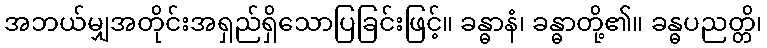
အဘယ်မျှအတိုင်းအရှည်ရှိသောပြခြင်းဖြင့်။ ခန္ဓာနံ၊ ခန္ဓာတို့၏။ ခန္ဓပညတ္တိ၊